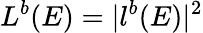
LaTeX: L^{b}(E)=|l^{b}(E)|^{2}